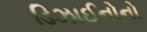
ડિઝાઈનોનો